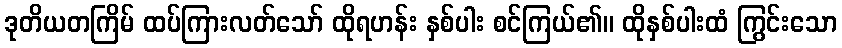
ဒုတိယတကြိမ် ထပ်ကြားလတ်သော် ထိုရဟန်း နှစ်ပါး စင်ကြယ်၏။ ထိုနှစ်ပါးထံ ကြွင်းသော